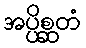
အပ္ပိစ္ဆတံ